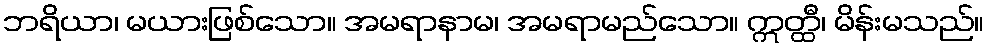
ဘရိယာ၊ မယားဖြစ်သော။ အမရာနာမ၊ အမရာမည်သော။ ဣတ္ထီ၊ မိန်းမသည်။